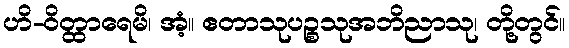
ဟိ-ဝိတ္ထာရေမိ၊ အံ့။ ဧတာသုပဉ္စသုအဘိညာသု၊ တို့တွင်။